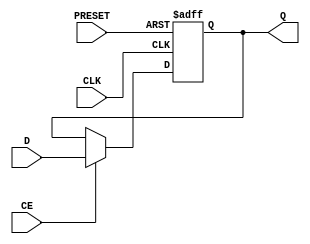
`ifdef verilator3
`else
`timescale 1 ps / 1 ps
`endif
//
// DFFPE primitive for Gowin FPGAs
// Compatible with Verilator tool (www.veripool.org)
// Copyright (c) 2022 Frdric REQUIN
// License : BSD
//

module DFFPE
#(
    parameter INIT = 1'b1
)
(
    input  PRESET,
    input  CLK,
    input  CE,
    input  D,
    output Q
);

    reg _r_Q;

    initial begin
        _r_Q = INIT;
    end

    always @(posedge PRESET or posedge CLK) begin
    
        if (PRESET) begin
            _r_Q <= 1'b1;
        end
        else if (CE) begin
            _r_Q <= D;
        end
    end

    assign Q = _r_Q;

endmodule